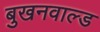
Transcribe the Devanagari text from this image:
बुखनवाल्ड